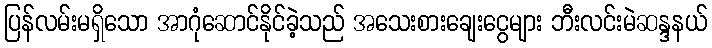
ပြန်လမ်းမရှိသော အာဂုံဆောင်နိုင်ခဲ့သည် အသေးစားချေးငွေများ ဘီးလင်းမဲဆန္ဒနယ်